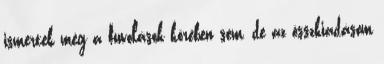
ismertek még a fuvolások körében sem, de az összkiadásom